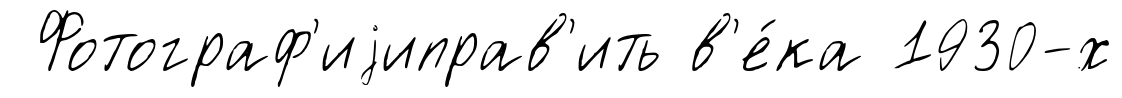
Фотограф'иjиправ'ить в'е́ка 1930-х